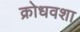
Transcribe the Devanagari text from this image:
क्रोधवशा